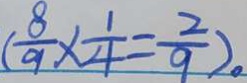
( \frac { 8 } { 9 } \times \frac { 1 } { 4 } = \frac { 2 } { 9 } ) 。